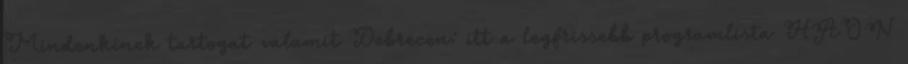
Mindenkinek tartogat valamit Debrecen: itt a legfrissebb programlista HAON